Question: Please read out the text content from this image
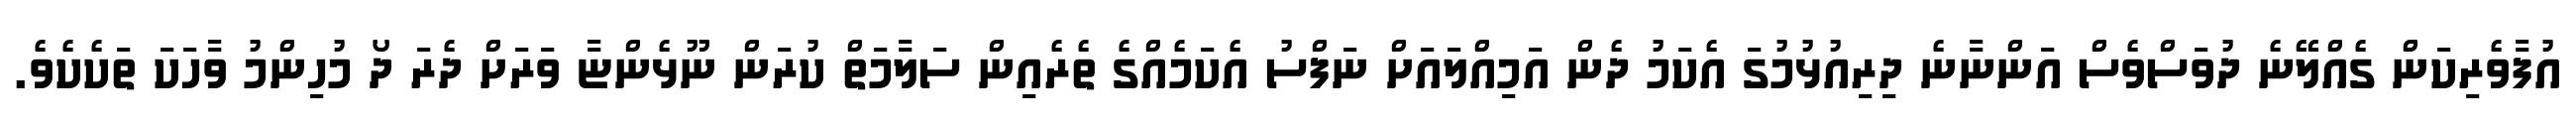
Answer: އުފާވެރިކަން ގެއްލޭނެ ދުވަސްވެސް އަންނާނެ ދިރިއުޅުމުގަ އެކަމު ދެން އަމިއްލައަށް ނަފްސު އެކަމެއްގެ ތެރެއިން ސަލާމަތް ކުރަން ނޫޅެންޏާ ވަރަށް ދެރަ ދޯ މުހިންމު ވާހަކަ ތަކެކެވެ.